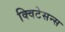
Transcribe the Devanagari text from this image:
क्विटेसन्स